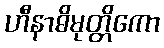
ဟီနာဓိမုတ္တိကော